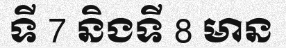
ទី 7 និងទី 8 មាន